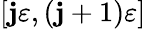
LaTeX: [\mathbf{j}\varepsilon,(\mathbf{j}+1)\varepsilon]